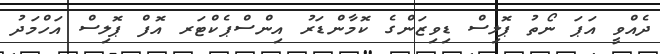
ދެއްވީ އަޕަ ނޯތު ޕޮލިސް ޑިވިޒަންގެ ކޮމާންޑަރު އިންސްޕެކްޓަރ އޮފް ޕޮލިސް އަހްމަދު